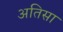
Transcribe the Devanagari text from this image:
अतिसा